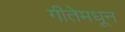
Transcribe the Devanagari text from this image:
गीतेमधून